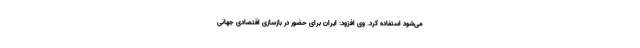
می‌شود استفاده کرد. وی افزود: ایران برای حضور در بازسازی اقتصادی جهانی